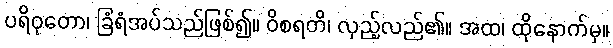
ပရိဝုတော၊ ခြံရံအပ်သည်ဖြစ်၍။ ဝိစရတိ၊ လှည့်လည်၏။ အထ၊ ထိုနောက်မှ။